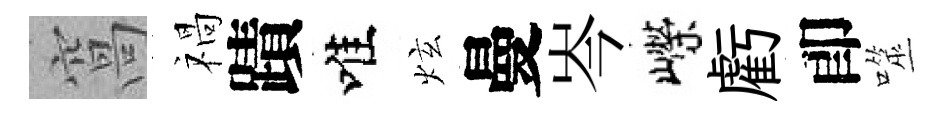
窩禍蹟唯炫曼岑嶸虧卽噬